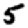
Digit: 5